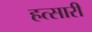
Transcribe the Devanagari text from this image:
हत्सारी